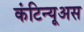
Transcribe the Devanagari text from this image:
कंटिन्यूअस